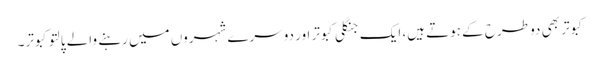
کبوتر بھی دو طرح کے ہوتے ہیں، ایک جنگلی کبوتر اور دوسرے شہروں میں رہنے والے پالتو کبوتر۔